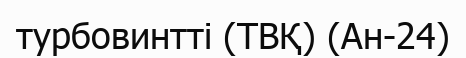
турбовинтті (ТВҚ) (Ан-24)